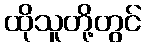
ထိုသူတို့တွင်